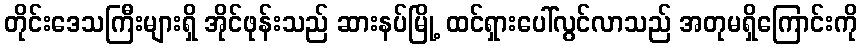
တိုင်းဒေသကြီးများရှိ အိုင်ဖုန်းသည် ဆားနပ်မြို့ ထင်ရှားပေါ်လွင်လာသည် အတုမရှိကြောင်းကို